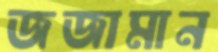
জজামান